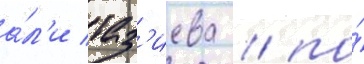
а́л'и таз'иева / по́